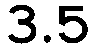
3.5